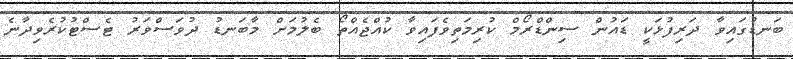
ބަނޑުގައިވާ ދަރިފުޅަކީ ޑައުން ސިންޑްރޯމް ކުރިމަތިވެފައިވާ ކުއްޖެއްތޯ ބެލުމަށް މާބަނޑު ދުވަސްވަރު ޓެސްޓުކުރެވިދާނެ